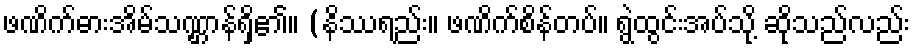
ဖဏိက်ဓားအိမ်သဏ္ဌာန်ရှိ၏။ (နိဿရည်း။ ဖဏိက်စိန်တပ်။ ရွဲထွင်းအပ်သို့ ဆိုသည်လည်း